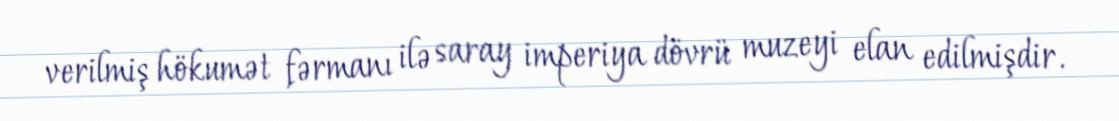
verilmiş hökumət fərmanı ilə saray imperiya dövrü muzeyi elan edilmişdir.